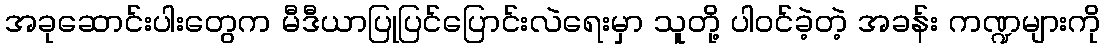
အခုဆောင်းပါးတွေက မီဒီယာပြုပြင်ပြောင်းလဲရေးမှာ သူတို့ ပါဝင်ခဲ့တဲ့ အခန်း ကဏ္ဍများကို